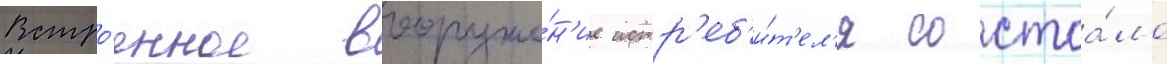
Встро́енное вооруже́н'ие истр'еб'и́т'ел'я состоа́ло